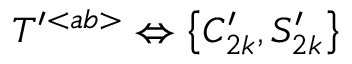
{ \cal T } ^ { \prime } { } ^ { < a b > } \Leftrightarrow \big \{ C _ { 2 k } ^ { \prime } , S _ { 2 k } ^ { \prime } \big \}